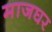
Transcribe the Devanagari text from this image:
माजघर